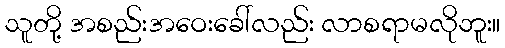
သူတို့ အစည်းအဝေးခေါ်လည်း လာစရာမလိုဘူး။